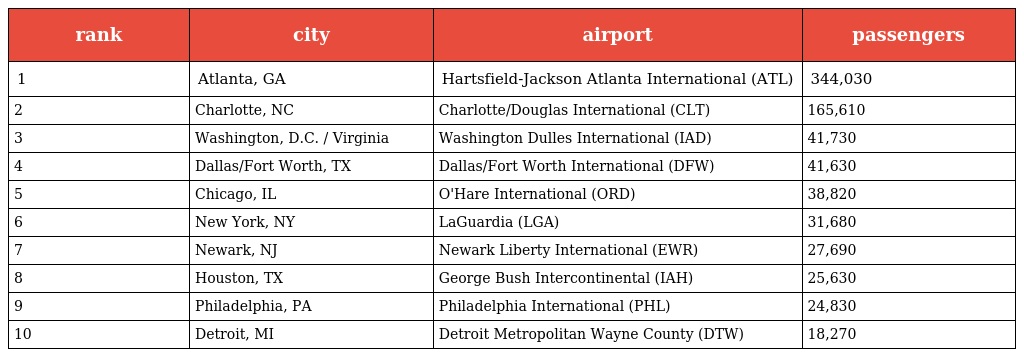
| rank | city | airport | passengers |
 | --- | --- | --- | --- |
 | 1 | Atlanta, GA | Hartsfield-Jackson Atlanta International (ATL) | 344,030 |
 | 2 | Charlotte, NC | Charlotte/Douglas International (CLT) | 165,610 |
 | 3 | Washington, D.C. / Virginia | Washington Dulles International (IAD) | 41,730 |
 | 4 | Dallas/Fort Worth, TX | Dallas/Fort Worth International (DFW) | 41,630 |
 | 5 | Chicago, IL | O'Hare International (ORD) | 38,820 |
 | 6 | New York, NY | LaGuardia (LGA) | 31,680 |
 | 7 | Newark, NJ | Newark Liberty International (EWR) | 27,690 |
 | 8 | Houston, TX | George Bush Intercontinental (IAH) | 25,630 |
 | 9 | Philadelphia, PA | Philadelphia International (PHL) | 24,830 |
 | 10 | Detroit, MI | Detroit Metropolitan Wayne County (DTW) | 18,270 |